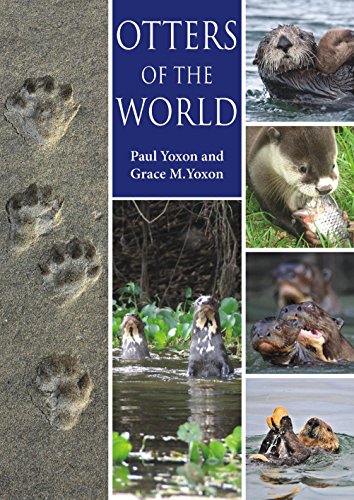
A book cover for Otters of the World; Paul Yoxon; Science & Math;